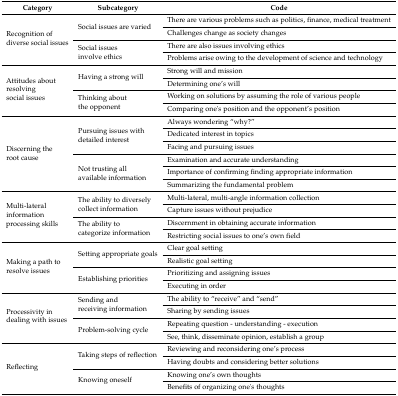
| Category | Subcategory | Code |
 | --- | --- | --- |
 | <ROWSPAN=4> Recognition of diverse social issues | <ROWSPAN=2> Social issues are varied | There are various problems such as politics, finance, medical treatment |
 | Challenges change as society changes |
 | <ROWSPAN=2> Social issues involve ethics | There are also issues involving ethics |
 | Problems arise owing to the development of science and technology |
 | <ROWSPAN=4> Attitudes about resolving social issues | <ROWSPAN=2> Having a strong will | Strong will and mission |
 | Determining one’s will |
 | <ROWSPAN=2> Thinking about the opponent | Working on solutions by assuming the role of various people |
 | Comparing one's position and the opponent’s position |
 | <ROWSPAN=6> Discerning the root cause | <ROWSPAN=3> Pursuing issues with detailed interest | Always wondering “why?” |
 | Dedicated interest in topics |
 | Facing and pursuing issues |
 | <ROWSPAN=3> Not trusting all available information | Examination and accurate understanding |
 | Importance of confirming finding appropriate information |
 | Summarizing the fundamental problem |
 | <ROWSPAN=4> Multi-lateral information processing skills | <ROWSPAN=2> The ability to diversely collect information | Multi-lateral, multi-angle information collection |
 | Capture issues without prejudice |
 | <ROWSPAN=2> The ability to categorize information | Discernment in obtaining accurate information |
 | Restricting social issues to one’s own field |
 | <ROWSPAN=4> Making a path to resolve issues | <ROWSPAN=2> Setting appropriate goals | Clear goal setting |
 | Realistic goal setting |
 | <ROWSPAN=2> Establishing priorities | Prioritizing and assigning issues |
 | Executing in order |
 | <ROWSPAN=4> Processivity in dealing with issues | <ROWSPAN=2> Sending and receiving information | The ability to “receive” and “send” |
 | Sharing by sending issues |
 | <ROWSPAN=2> Problem-solving cycle | Repeating question - understanding - execution |
 | See, think, disseminate opinion, establish a group |
 | <ROWSPAN=4> Reflecting | <ROWSPAN=2> Taking steps of reflection | Reviewing and reconsidering one’s process |
 | Having doubts and considering better solutions |
 | <ROWSPAN=2> Knowing oneself | Knowing one’s own thoughts |
 | Benefits of organizing one's thoughts |